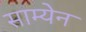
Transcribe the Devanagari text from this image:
साम्येन